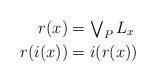
LaTeX: \begin{align*}r(x) &= \textstyle\bigvee_P L_x\\r(i(x)) &= i(r(x))\end{align*}